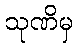
သုဏိမှ